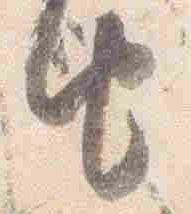
由